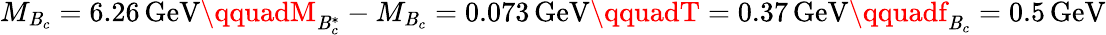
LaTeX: M_{\mathit{B}_{c}}=6.26\, \mathrm{{GeV}}\qquadM_{\mathit{B}_{c}^{*}}-M_{\mathit{B}_{c}}=0.073\, \mathrm{{GeV}}\qquadT=0.37\, \mathrm{{GeV}}\qquadf_{\mathit{B}_{c}}=0.5\, \mathrm{{GeV}}